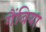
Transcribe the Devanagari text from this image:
गैंबिया